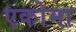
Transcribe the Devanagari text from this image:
एकोमा